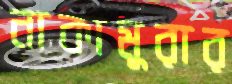
নাকামুরার